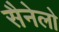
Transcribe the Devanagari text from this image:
सैनेलो